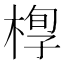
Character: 𣖆